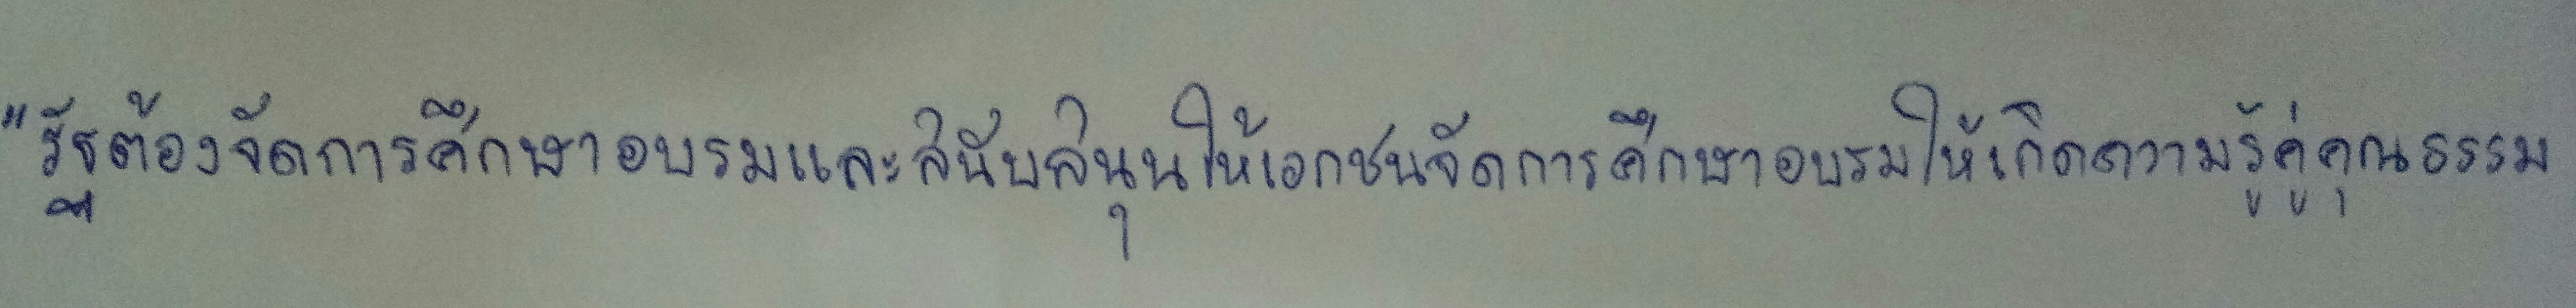
"รัฐต้องจัดการศึกษาอบรมและสนับสนุนให้เอกชนจัดการศึกษาอบรมให้เกิดความรู้คู่คุณธรรม